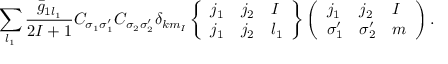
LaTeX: \sum _ { l _ { 1 } } \frac { \bar { g } _ { 1 l _ { 1 } } } { 2 I + 1 } C _ { \sigma _ { 1 } \sigma _ { 1 } ^ { \prime } } C _ { \sigma _ { 2 } \sigma _ { 2 } ^ { \prime } } \delta _ { k m _ { I } } \left\{ \begin{array} { l l l } { { j _ { 1 } } } & { { j _ { 2 } } } & { { I } } \\ { { j _ { 1 } } } & { { j _ { 2 } } } & { { l _ { 1 } } } \end{array} \right\} \left( \begin{array} { l l l } { { j _ { 1 } } } & { { j _ { 2 } } } & { { I } } \\ { { \sigma _ { 1 } ^ { \prime } } } & { { \sigma _ { 2 } ^ { \prime } } } & { { m } } \end{array} \right) .